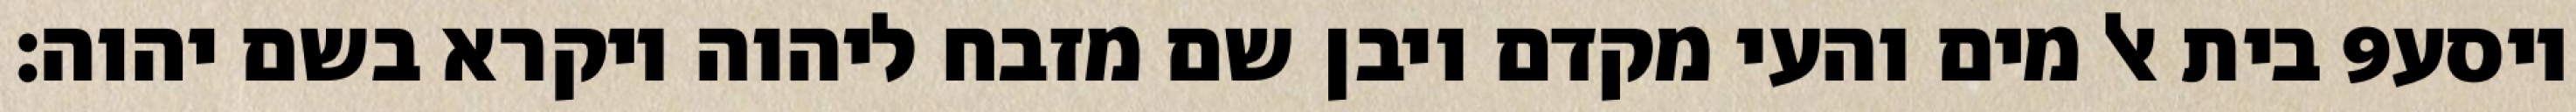
בית אל מים והעי מקדם ויבן שם מזבח ליהוה ויקרא בשם יהוה׃ ‎9‏ ויסע